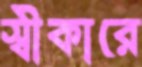
স্বীকারে